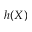
h ( X )